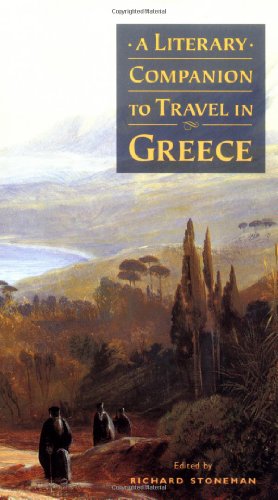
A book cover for A Literary Companion to Travel in Greece; Richard Stoneman; Travel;